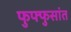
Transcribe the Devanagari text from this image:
फुफ्फुसांत